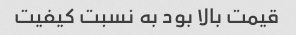
قیمت بالا بود به نسبت کیفیت